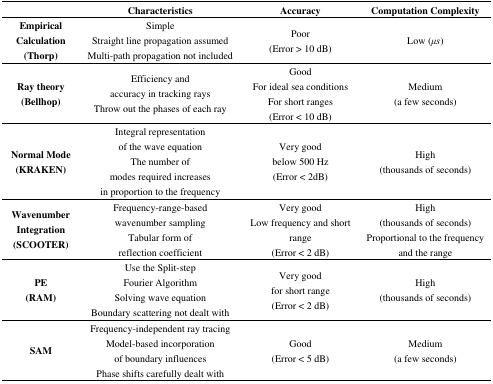
|  | Characteristics | Accuracy | Computation Complexity |
 | --- | --- | --- | --- |
 | Empirical Calculation(Thorp) | SimpleStraight line propagation assumedMulti-path propagation not included | Poor(Error > 10 dB) | Low (μs) |
 | Ray theory(Bellhop) | Efficiency and accuracy in tracking raysThrow out the phases of each ray | GoodFor ideal sea conditionsFor short ranges(Error < 10 dB) | Medium(a few seconds) |
 | Normal Mode(KRAKEN) | Integral representation of the wave equationThe number of modes required increases in proportion to the frequency | Very good below 500 Hz(Error < 2dB) | High(thousands of seconds) |
 | Wavenumber Integration(SCOOTER) | Frequency-range-based wavenumber samplingTabular form of reflection coefficient | Very goodLow frequency and short range(Error < 2 dB) | High(thousands of seconds)Proportional to the frequency and the range |
 | PE(RAM) | Use the Split-stepFourier AlgorithmSolving wave equationBoundary scattering not dealt with | Very good for short range(Error < 2 dB) | High(thousands of seconds) |
 | SAM | Frequency-independent ray tracingModel-based incorporation of boundary influencesPhase shifts carefully dealt with | Good(Error < 5 dB) | Medium(a few seconds) |